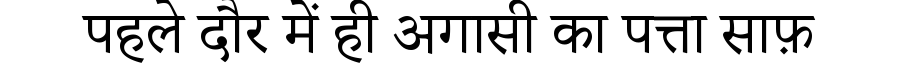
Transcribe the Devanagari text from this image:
पहले दौर में ही अगासी का पत्ता साफ़